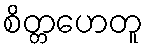
စိတ္တဟေတူ